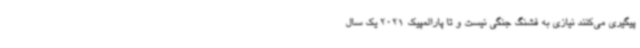
پیگیری می‌کنند نیازی به فشنگ جنگی نیست و تا پارالمپیک 2021 یک سال